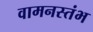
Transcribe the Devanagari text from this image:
वामनस्तंभ